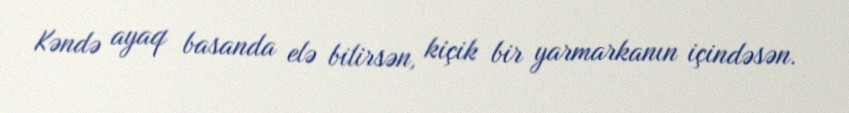
Kəndə ayaq basanda elə bilirsən, kiçik bir yarmarkanın içindəsən.